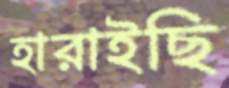
হারাইছি